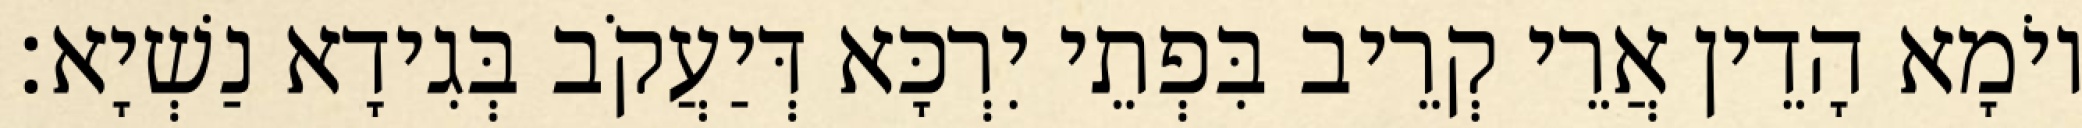
יוֹמָא הָדֵין אֲרֵי קְרֵיב בִּפְתֵי יִרְכָּא דְּיַעֲקֹב בְּגִידָא נַשְׁיָא׃